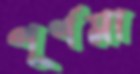
পূর্ণমা